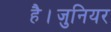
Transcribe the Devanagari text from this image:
है।जुनियर